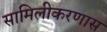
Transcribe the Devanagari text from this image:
सामिलीकरणास